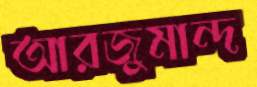
আরজুমান্দ